Civil Veterinary Department Bihar reports 1936-40 - 1936-1940
Year: 1936
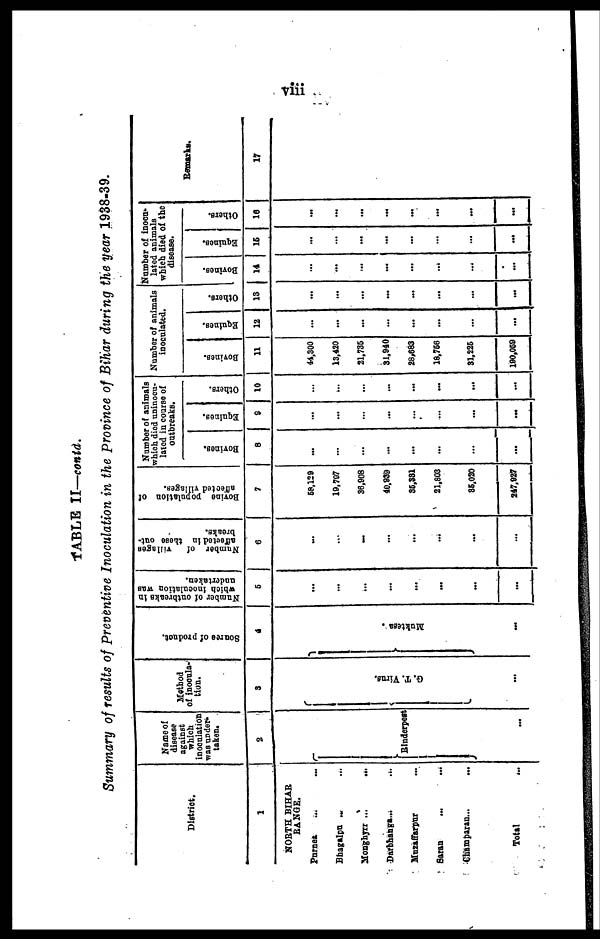
viii
TABLE II—contd.
Summary of results of Preventive Inoculation in the province of Bihar during the year 1938-39.
District.
1
NORTH BIHAR
RANGE.
Purnea
...
...
Bhagalpu ... ...
Monghyrr ...
...
Darbhanga...
...
Muzaffarpur ...
Saran ... ...
Champaran... ...
Total ...
Name of
disease
against
which
inoculation
was under-
taken.
2
Rinderpest
...
Method
of inocula-
tion.
3
G.
T. Virus.
...
Source of product.
4
Muktesar
.
...
Number of outbreaks in
which inoculation was
undertaken.
5
...
...
...
...
...
...
...
...
Number of
villages
affected in these out-
breaks.
6
...
...
...
...
...
...
...
...
Bovine population of
affected villages.
7
68.129
19,707
36,908
40,939
35,381
21,803
35,020
247,927
Number of animals
which died uninocu-
lated in course of
outbreaks.
Bovines.
8
...
...
...
...
...
...
...
...
Equines.
9
...
...
...
...
...
...
...
...
Others.
10
...
...
...
...
...
...
...
...
Number of animals
inoculated.
Bovines.
11
44,300
13,420
21,736
31,940
28,683
18,766
31,225
190,069
Equines.
12
...
...
...
...
...
...
...
...
Others.
13
...
...
...
...
...
...
...
...
Number of inocu-
lated animals
which died of the
disease.
Bovines.
14
...
...
...
...
...
...
...
...
Equines.
15
...
...
...
...
...
...
...
...
Others.
16
...
...
...
...
...
...
...
...
Remarks.
17